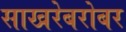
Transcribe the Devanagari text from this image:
साखरेबरोबर